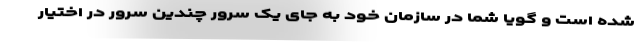
شده است و گویا شما در سازمان خود به جای یک سرور چندین سرور در اختیار